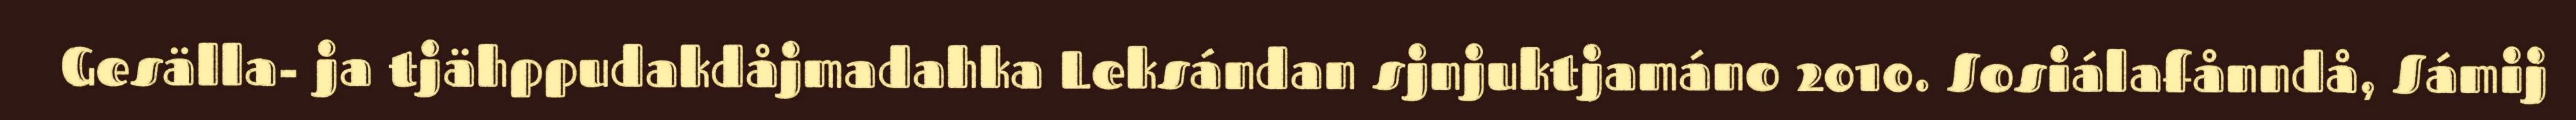
Gesälla- ja tjähppudakdåjmadahka Leksándan sjnjuktjamáno 2010. Sosiálafånndå, Sámij